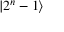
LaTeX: | 2 ^ { n } - 1 \rangle